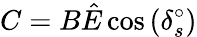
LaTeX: C=B\hat{E}\cos{(\delta_{s}^{\circ})}